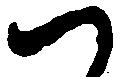
つ